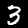
Digit: 3